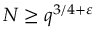
N \geq q ^ { 3 / 4 + \varepsilon }